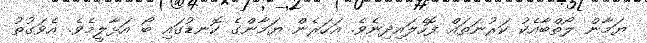
ޔަމާން ލޯތްބާއެކު ކަރުނަތައް ފޮހެލައިދިނެވެ. އަހަރެން ޔަމާންގެ ކޮނޑުގައި ބޯ އަޅާލީމެވެ. އެވަގުތު